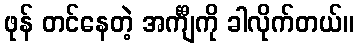
ဖုန် တင်နေတဲ့ အင်္ကျီကို ခါလိုက်တယ်။